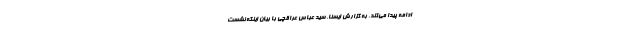
ادامه پیدا می‌کند. به گزارش ایسنا، سید عباس عراقچی با بیان اینکه نشست